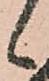
候